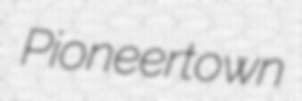
Pioneertown